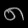
Digit: ၈